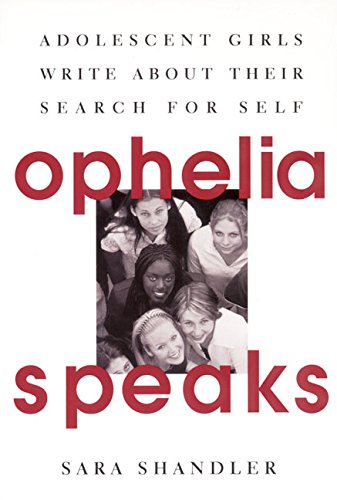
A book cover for Ophelia Speaks: Adolescent Girls Write About Their Search for Self; Sara Shandler; Parenting & Relationships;